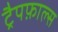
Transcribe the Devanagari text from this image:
ट्रैपफ़ाल्स